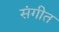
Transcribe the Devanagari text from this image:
संगीत